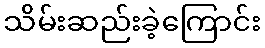
သိမ်းဆည်းခဲ့ကြောင်း